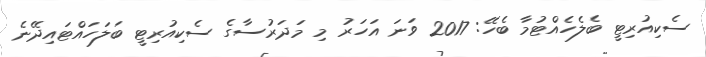
ސެކިއުރިޓީ ބެލެހެއްޓުމާ ބެހޭ: 2017 ވަނަ އަހަރު މި މަދަރުސާގެ ސެކިއުރިޓީ ބަލަހައްޓައިދޭނެ